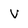
Character: V